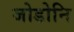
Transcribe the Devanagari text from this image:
जोडोनि